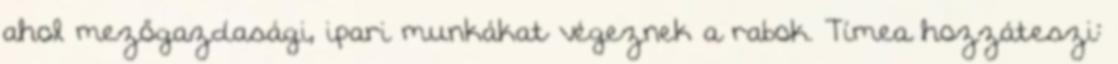
ahol mezőgazdasági, ipari munkákat végeznek a rabok. Tímea hozzáteszi: